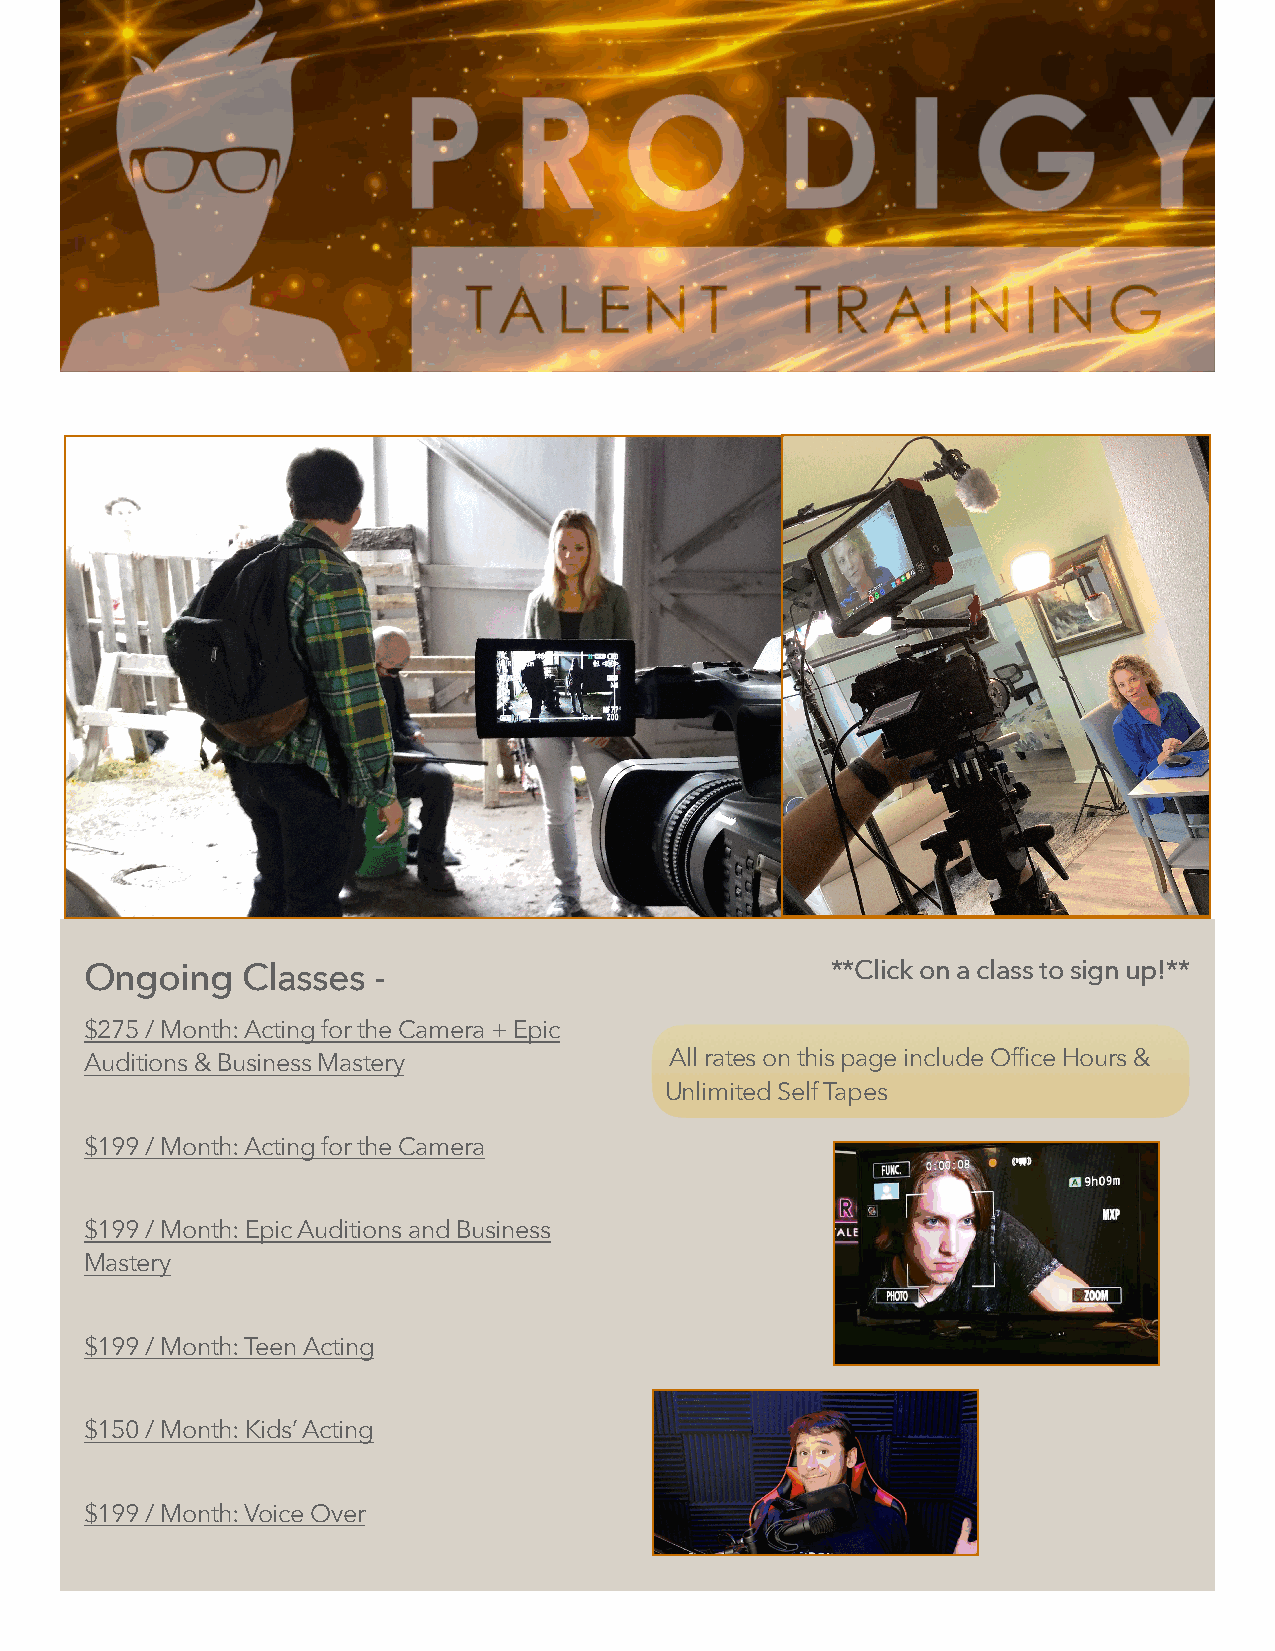
Ongoing   Classes  -                             **Click on a class to sign up!**
 $275 / Month: Acting for the Camera + Epic
 Auditions & Business Mastery          All rates on this page include Office Hours &
 Unlimited Self Tapes
 $199 / Month: Acting for the Camera
 $199 / Month: Epic Auditions and Business
 Mastery
 $199 / Month: Teen Acting
 $150 / Month: Kids’ Acting
 $199 / Month: Voice Over